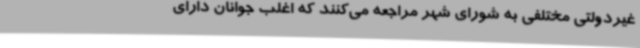
غیردولتی مختلفی به شورای شهر مراجعه می‌کنند که اغلب جوانان دارای